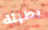
بطيئة